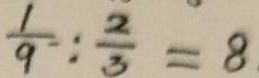
\frac { 1 } { 9 } : \frac { 2 } { 3 } = 8